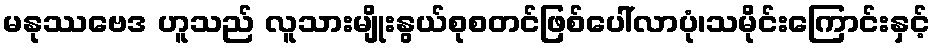
မနုဿဗေဒ ဟူသည် လူသားမျိုးနွယ်စုစတင်ဖြစ်ပေါ်လာပုံ၊သမိုင်းကြောင်းနှင့်